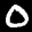
Label: 0